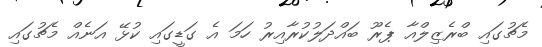
މެޗުގައި ބްރެޒިލްއާ ޕެރޫ ބައްދަލުކުރާއިރު ހަމަ އެ ގަޑީގައި ކުޅޭ އަނެއް މެޗުގައި